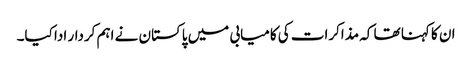
ان کا کہنا تھا کہ مذاکرات کی کامیابی میں پاکستان نے اہم کردار ادا کیا۔